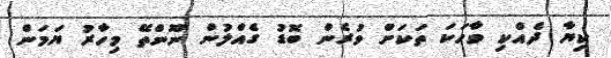
ކިޔާ ދެއްކި ވާހަކަ ތަކަށް ވުރެން ބޮޑު ގެއްލުން ނޫންތޭ މިހާރު ޔަމަން